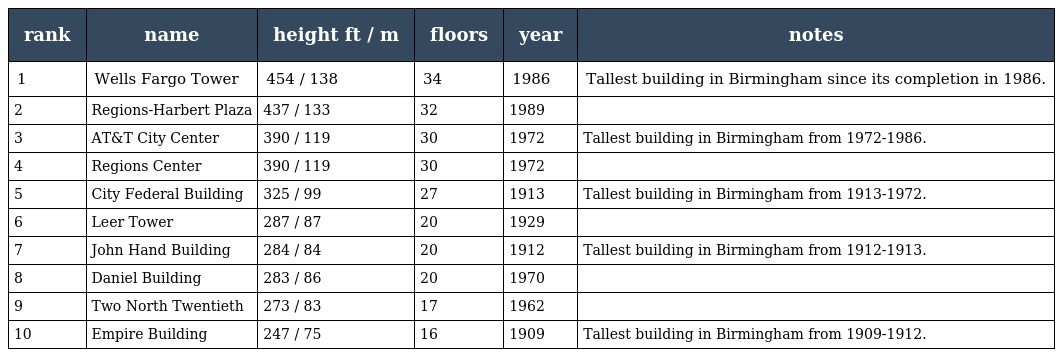
| rank | name | height ft / m | floors | year | notes |
 | --- | --- | --- | --- | --- | --- |
 | 1 | Wells Fargo Tower | 454 / 138 | 34 | 1986 | Tallest building in Birmingham since its completion in 1986. |
 | 2 | Regions-Harbert Plaza | 437 / 133 | 32 | 1989 |  |
 | 3 | AT&T City Center | 390 / 119 | 30 | 1972 | Tallest building in Birmingham from 1972-1986. |
 | 4 | Regions Center | 390 / 119 | 30 | 1972 |  |
 | 5 | City Federal Building | 325 / 99 | 27 | 1913 | Tallest building in Birmingham from 1913-1972. |
 | 6 | Leer Tower | 287 / 87 | 20 | 1929 |  |
 | 7 | John Hand Building | 284 / 84 | 20 | 1912 | Tallest building in Birmingham from 1912-1913. |
 | 8 | Daniel Building | 283 / 86 | 20 | 1970 |  |
 | 9 | Two North Twentieth | 273 / 83 | 17 | 1962 |  |
 | 10 | Empire Building | 247 / 75 | 16 | 1909 | Tallest building in Birmingham from 1909-1912. |